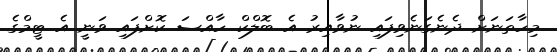
މިހާތަނަށް ދެނެގަނެވިފައި ނުވާއިރު އެ ބޮލްކް ހާއްސަ ކޮށްފައި ވަނީ އެ ޓީމްގެ